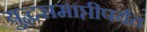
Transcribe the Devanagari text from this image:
युद्धसमाप्तीपर्यंत